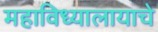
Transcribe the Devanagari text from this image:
महाविध्यालायाचे